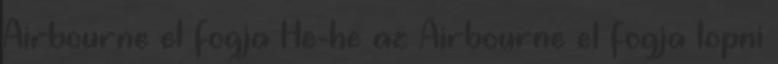
Airbourne el fogja He-he az Airbourne el fogja lopni